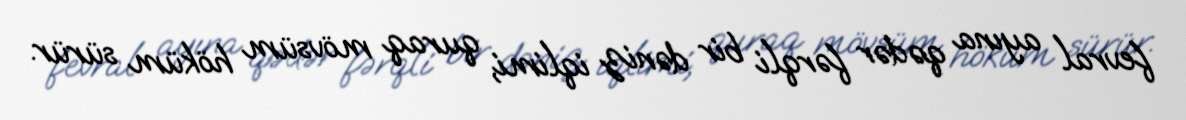
fevral ayına qədər fərqli bir dəniz iqlimi, quraq mövsüm höküm sürür.